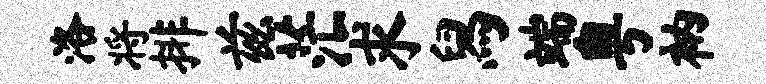
洛将排兹茫求舄端粤衲